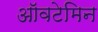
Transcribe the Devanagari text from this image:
ऑवटेमिन